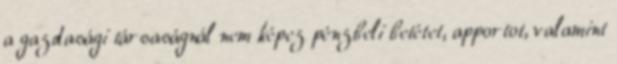
a gazdasági társaságnál nem képez pénzbeli betétet, apportot, valamint